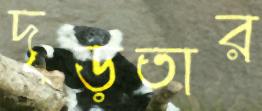
দৃড়তার